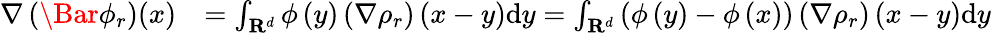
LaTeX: \begin{array}{rl}{\nabla\left(\Bar{\phi}_{r}\right)(x)}&{=\int_{\mathbf{R}^{d}}\phi\left(y\right)\left(\nabla\rho_{r}\right)\left(x-y\right)\mathrm{d}y=\int_{\mathbf{R}^{d}}\left(\phi\left(y\right)-\phi\left(x\right)\right)\left(\nabla\rho_{r}\right)\left(x-y\right)\mathrm{d}y}\end{array}